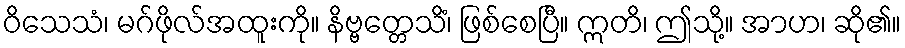
ဝိသေသံ၊ မဂ်ဖိုလ်အထူးကို။ နိဗ္ဗတ္တေသိံ၊ ဖြစ်စေပြီ။ ဣတိ၊ ဤသို့။ အာဟ၊ ဆို၏။